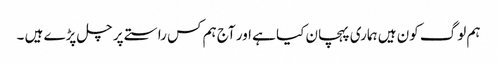
ہم لوگ کون ہیں ہماری پہچان کیا ہے اور آج ہم کس راستے پر چل پڑے ہیں ۔